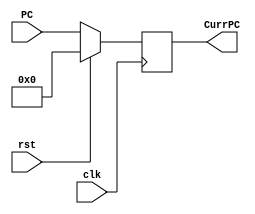
/*
  PC := Program Counter (Only deliver current `PC`)
*/


module pc (
    input clk,
    input rst,
    input [31:0] PC,
    output [31:0] CurrPC
);

  reg [31:0] CurrPCReg;

  always @(posedge clk) begin
    if (rst) begin
      CurrPCReg <= 0;
    end else begin
      CurrPCReg <= PC;
    end
  end

  assign CurrPC = CurrPCReg;

endmodule